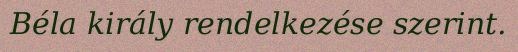
Béla király rendelkezése szerint.